Civil Veterinary Department Bengal reports 1923-33 - 1923-1933
Year: 1923
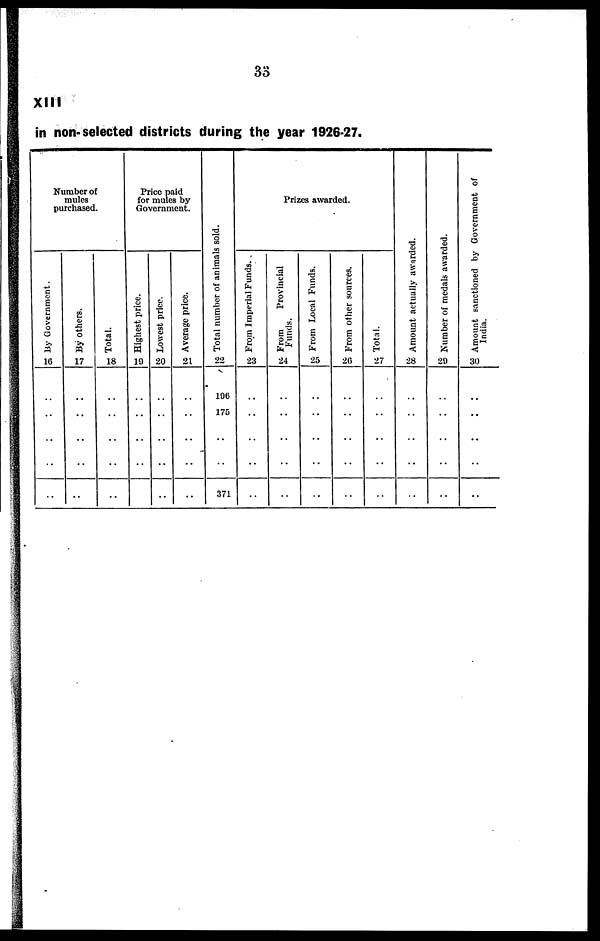
33
XIII
in non- selected districts during the year 1926-27.
Number of
mules
purchased.
By Government.
16
..
..
..
..
..
By others.
17
..
..
..
..
..
Total.
18
..
..
..
..
..
Price paid
for mules by
Government.
Highest price.
19
..
..
..
..
..
Lowest price.
20
..
..
..
..
..
Average price.
21
..
..
..
..
..
Tot al number of animals sold.
22
196
175
..
..
371
Prizes awarded.
Fr om I mper i
al F u n d s . .
23
..
..
..
..
..
From
Provincial
Funds.
24
..
..
..
..
..
From Local Funds.
25
..
..
..
..
..
From other sources.
26
..
..
..
..
..
Total.
27
..
..
..
..
..
Amo u n t actually awarded.
28
..
..
..
..
..
Nu mb e r of medals awarded.
29
..
..
..
..
..
Amount sanctioned by Government of
India.
30
..
..
..
..
..